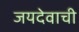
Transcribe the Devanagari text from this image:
जयदेवाची